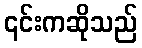
၎င်းကဆိုသည်